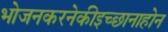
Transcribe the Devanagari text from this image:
भोजनकरनेकीइच्छानाहोन